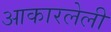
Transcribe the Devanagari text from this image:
आकारलेली